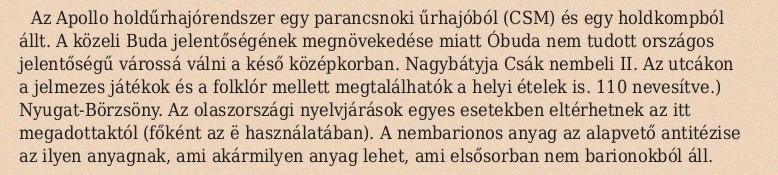
Az Apollo holdűrhajórendszer egy parancsnoki űrhajóból (CSM) és egy holdkompból állt. A közeli Buda jelentőségének megnövekedése miatt Óbuda nem tudott országos jelentőségű várossá válni a késő középkorban. Nagybátyja Csák nembeli II. Az utcákon a jelmezes játékok és a folklór mellett megtalálhatók a helyi ételek is. 110 nevesítve.) Nyugat-Börzsöny. Az olaszországi nyelvjárások egyes esetekben eltérhetnek az itt megadottaktól (főként az ë használatában). A nembarionos anyag az alapvető antitézise az ilyen anyagnak, ami akármilyen anyag lehet, ami elsősorban nem barionokból áll.